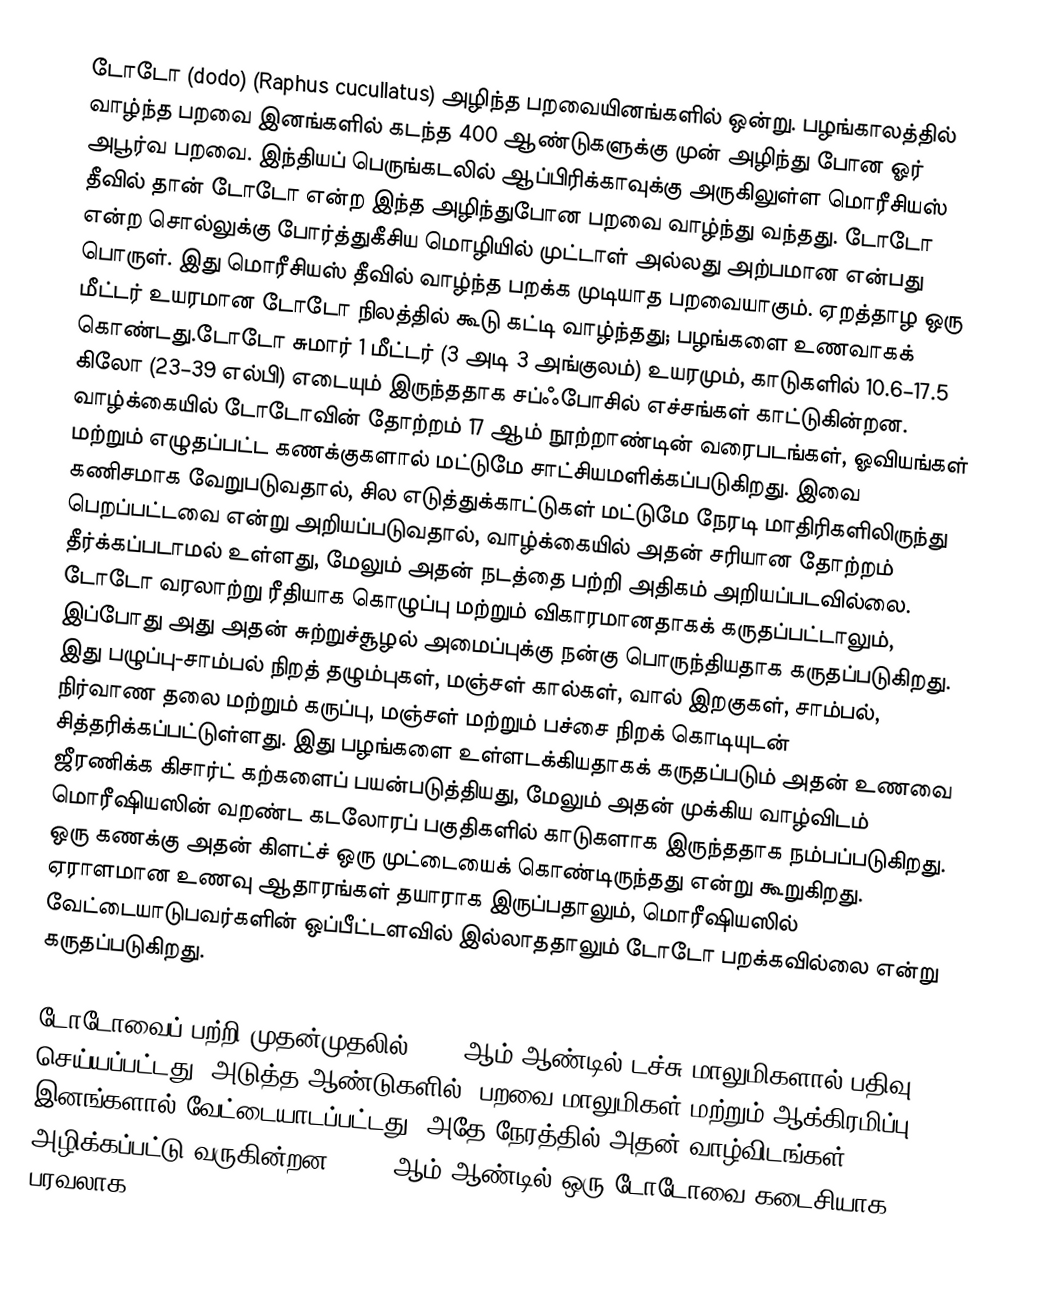
டோடோ (dodo) (Raphus cucullatus) அழிந்த பறவையினங்களில் ஒன்று. பழங்காலத்தில் வாழ்ந்த பறவை இனங்களில் கடந்த 400 ஆண்டுகளுக்கு முன் அழிந்து போன ஓர் அபூர்வ பறவை. இந்தியப் பெருங்கடலில் ஆப்பிரிக்காவுக்கு அருகிலுள்ள மொரீசியஸ் தீவில் தான் டோடோ  என்ற இந்த அழிந்துபோன பறவை வாழ்ந்து வந்தது. டோடோ என்ற சொல்லுக்கு போர்த்துகீசிய மொழியில் முட்டாள் அல்லது அற்பமான என்பது பொருள். இது மொரீசியஸ் தீவில் வாழ்ந்த பறக்க முடியாத பறவையாகும். ஏறத்தாழ ஒரு மீட்டர் உயரமான டோடோ நிலத்தில் கூடு கட்டி வாழ்ந்தது; பழங்களை உணவாகக் கொண்டது.டோடோ சுமார் 1 மீட்டர் (3 அடி 3 அங்குலம்) உயரமும், காடுகளில் 10.6–17.5 கிலோ (23–39 எல்பி) எடையும் இருந்ததாக சப்ஃபோசில் எச்சங்கள் காட்டுகின்றன.  வாழ்க்கையில் டோடோவின் தோற்றம் 17 ஆம் நூற்றாண்டின் வரைபடங்கள், ஓவியங்கள் மற்றும் எழுதப்பட்ட கணக்குகளால் மட்டுமே சாட்சியமளிக்கப்படுகிறது.  இவை கணிசமாக வேறுபடுவதால், சில எடுத்துக்காட்டுகள் மட்டுமே நேரடி மாதிரிகளிலிருந்து பெறப்பட்டவை என்று அறியப்படுவதால், வாழ்க்கையில் அதன் சரியான தோற்றம் தீர்க்கப்படாமல் உள்ளது, மேலும் அதன் நடத்தை பற்றி அதிகம் அறியப்படவில்லை.  டோடோ வரலாற்று ரீதியாக கொழுப்பு மற்றும் விகாரமானதாகக் கருதப்பட்டாலும், இப்போது அது அதன் சுற்றுச்சூழல் அமைப்புக்கு நன்கு பொருந்தியதாக கருதப்படுகிறது.  இது பழுப்பு-சாம்பல் நிறத் தழும்புகள், மஞ்சள் கால்கள், வால் இறகுகள், சாம்பல், நிர்வாண தலை மற்றும் கருப்பு, மஞ்சள் மற்றும் பச்சை நிறக் கொடியுடன் சித்தரிக்கப்பட்டுள்ளது.  இது பழங்களை உள்ளடக்கியதாகக் கருதப்படும் அதன் உணவை ஜீரணிக்க கிசார்ட் கற்களைப் பயன்படுத்தியது, மேலும் அதன் முக்கிய வாழ்விடம் மொரீஷியஸின் வறண்ட கடலோரப் பகுதிகளில் காடுகளாக இருந்ததாக நம்பப்படுகிறது.  ஒரு கணக்கு அதன் கிளட்ச் ஒரு முட்டையைக் கொண்டிருந்தது என்று கூறுகிறது.  ஏராளமான உணவு ஆதாரங்கள் தயாராக இருப்பதாலும், மொரீஷியஸில் வேட்டையாடுபவர்களின் ஒப்பீட்டளவில் இல்லாததாலும் டோடோ பறக்கவில்லை என்று கருதப்படுகிறது.

டோடோவைப் பற்றி முதன்முதலில் 1598 ஆம் ஆண்டில் டச்சு மாலுமிகளால் பதிவு செய்யப்பட்டது. அடுத்த ஆண்டுகளில், பறவை மாலுமிகள் மற்றும் ஆக்கிரமிப்பு இனங்களால் வேட்டையாடப்பட்டது, அதே நேரத்தில் அதன் வாழ்விடங்கள் அழிக்கப்பட்டு வருகின்றன.  1662 ஆம் ஆண்டில் ஒரு டோடோவை கடைசியாக பரவலாக